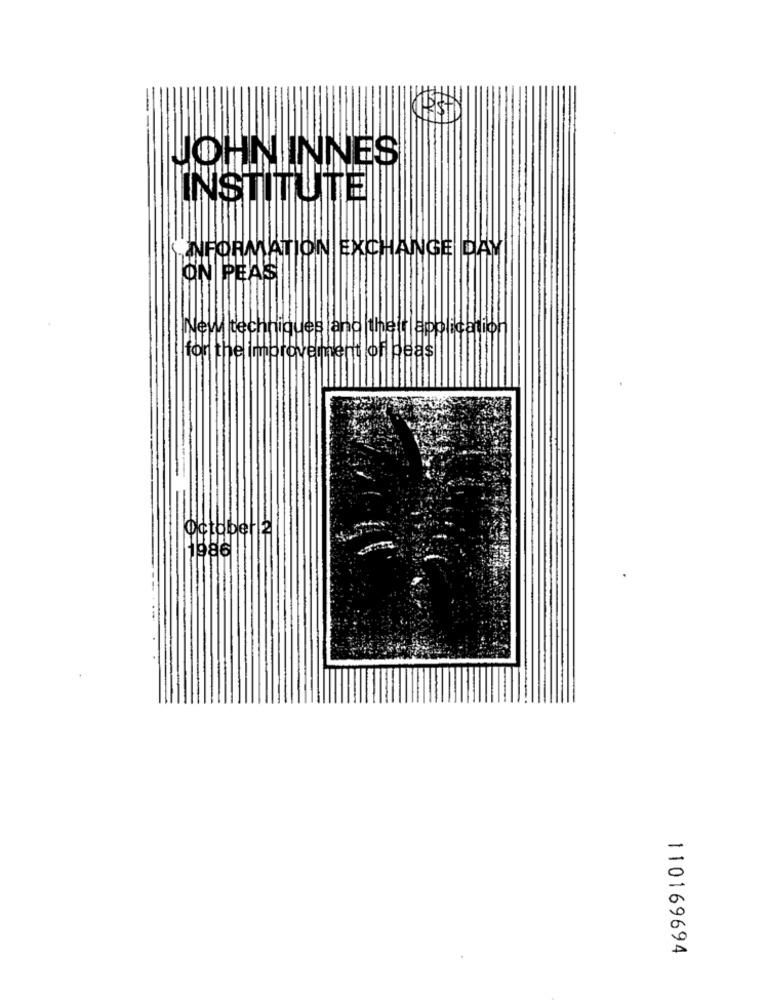
JOHNINNES
INSTITUTE)
"INFORMATION EXCHANGE DAY
ON PEAS
INew techniques and thett | application
for the timbrovemment of beast
October 2
1986
110169694